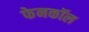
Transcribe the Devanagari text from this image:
फेनकॉल